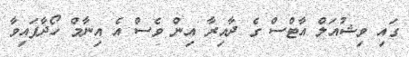
ގައި ވިޝުއަލް އާޓްސް ގެ ދާއިރާ އިން ވެސް އެ އިނާމް ހޯދާފައިވާ